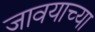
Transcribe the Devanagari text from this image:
जावयाच्या